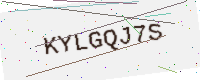
Text: KYLGQJ7S